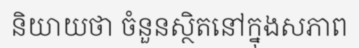
និយាយថា ចំនួនស្ថិតនៅក្នុងសភាព